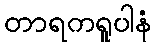
တာရကရူပါနံ